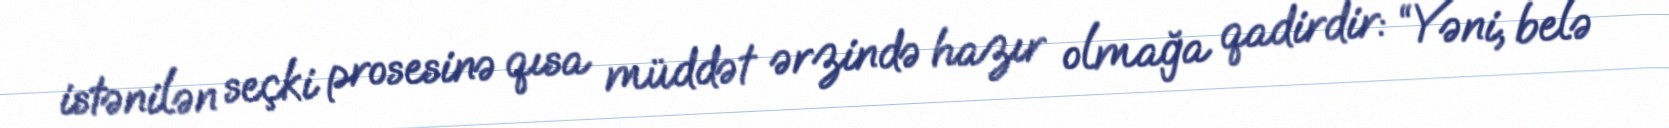
istənilən seçki prosesinə qısa müddət ərzində hazır olmağa qadirdir: “Yəni, belə